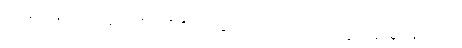
ကိုရန်ကျမ်းသည် ကျွန်တော် တို့၏ အခြေခံပညာသင်ကြားရေးတွင် အခရာဖြစ်သည်။